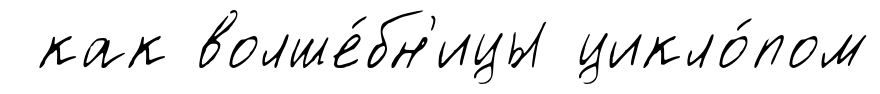
как волше́бн'ицы цикло́пом